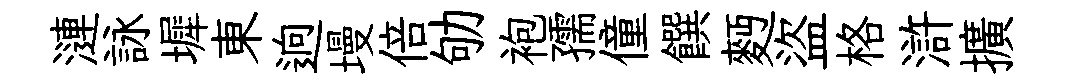
漣詠墀東逈墁倍劬袍孺僮饌麪盜格滸擴